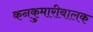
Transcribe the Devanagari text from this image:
कनकुमारीबालक